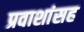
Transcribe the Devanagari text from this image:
प्रवाशांसह